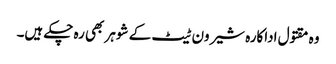
وہ مقتول اداکارہ شیرون ٹیٹ کے شوہر بھی رہ چکے ہیں۔